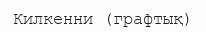
Килкенни (графтық)